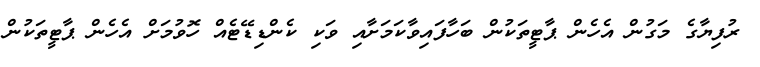
ރުފިޔާގެ މަގުން އެހެން ޕާޓީތަކުން ބަހާފައިވާކަމަށާއި ވަކި ކެންޑިޑޭޓެއް ހޮވުމަށް އެހެން ޕާޓީތަކުން